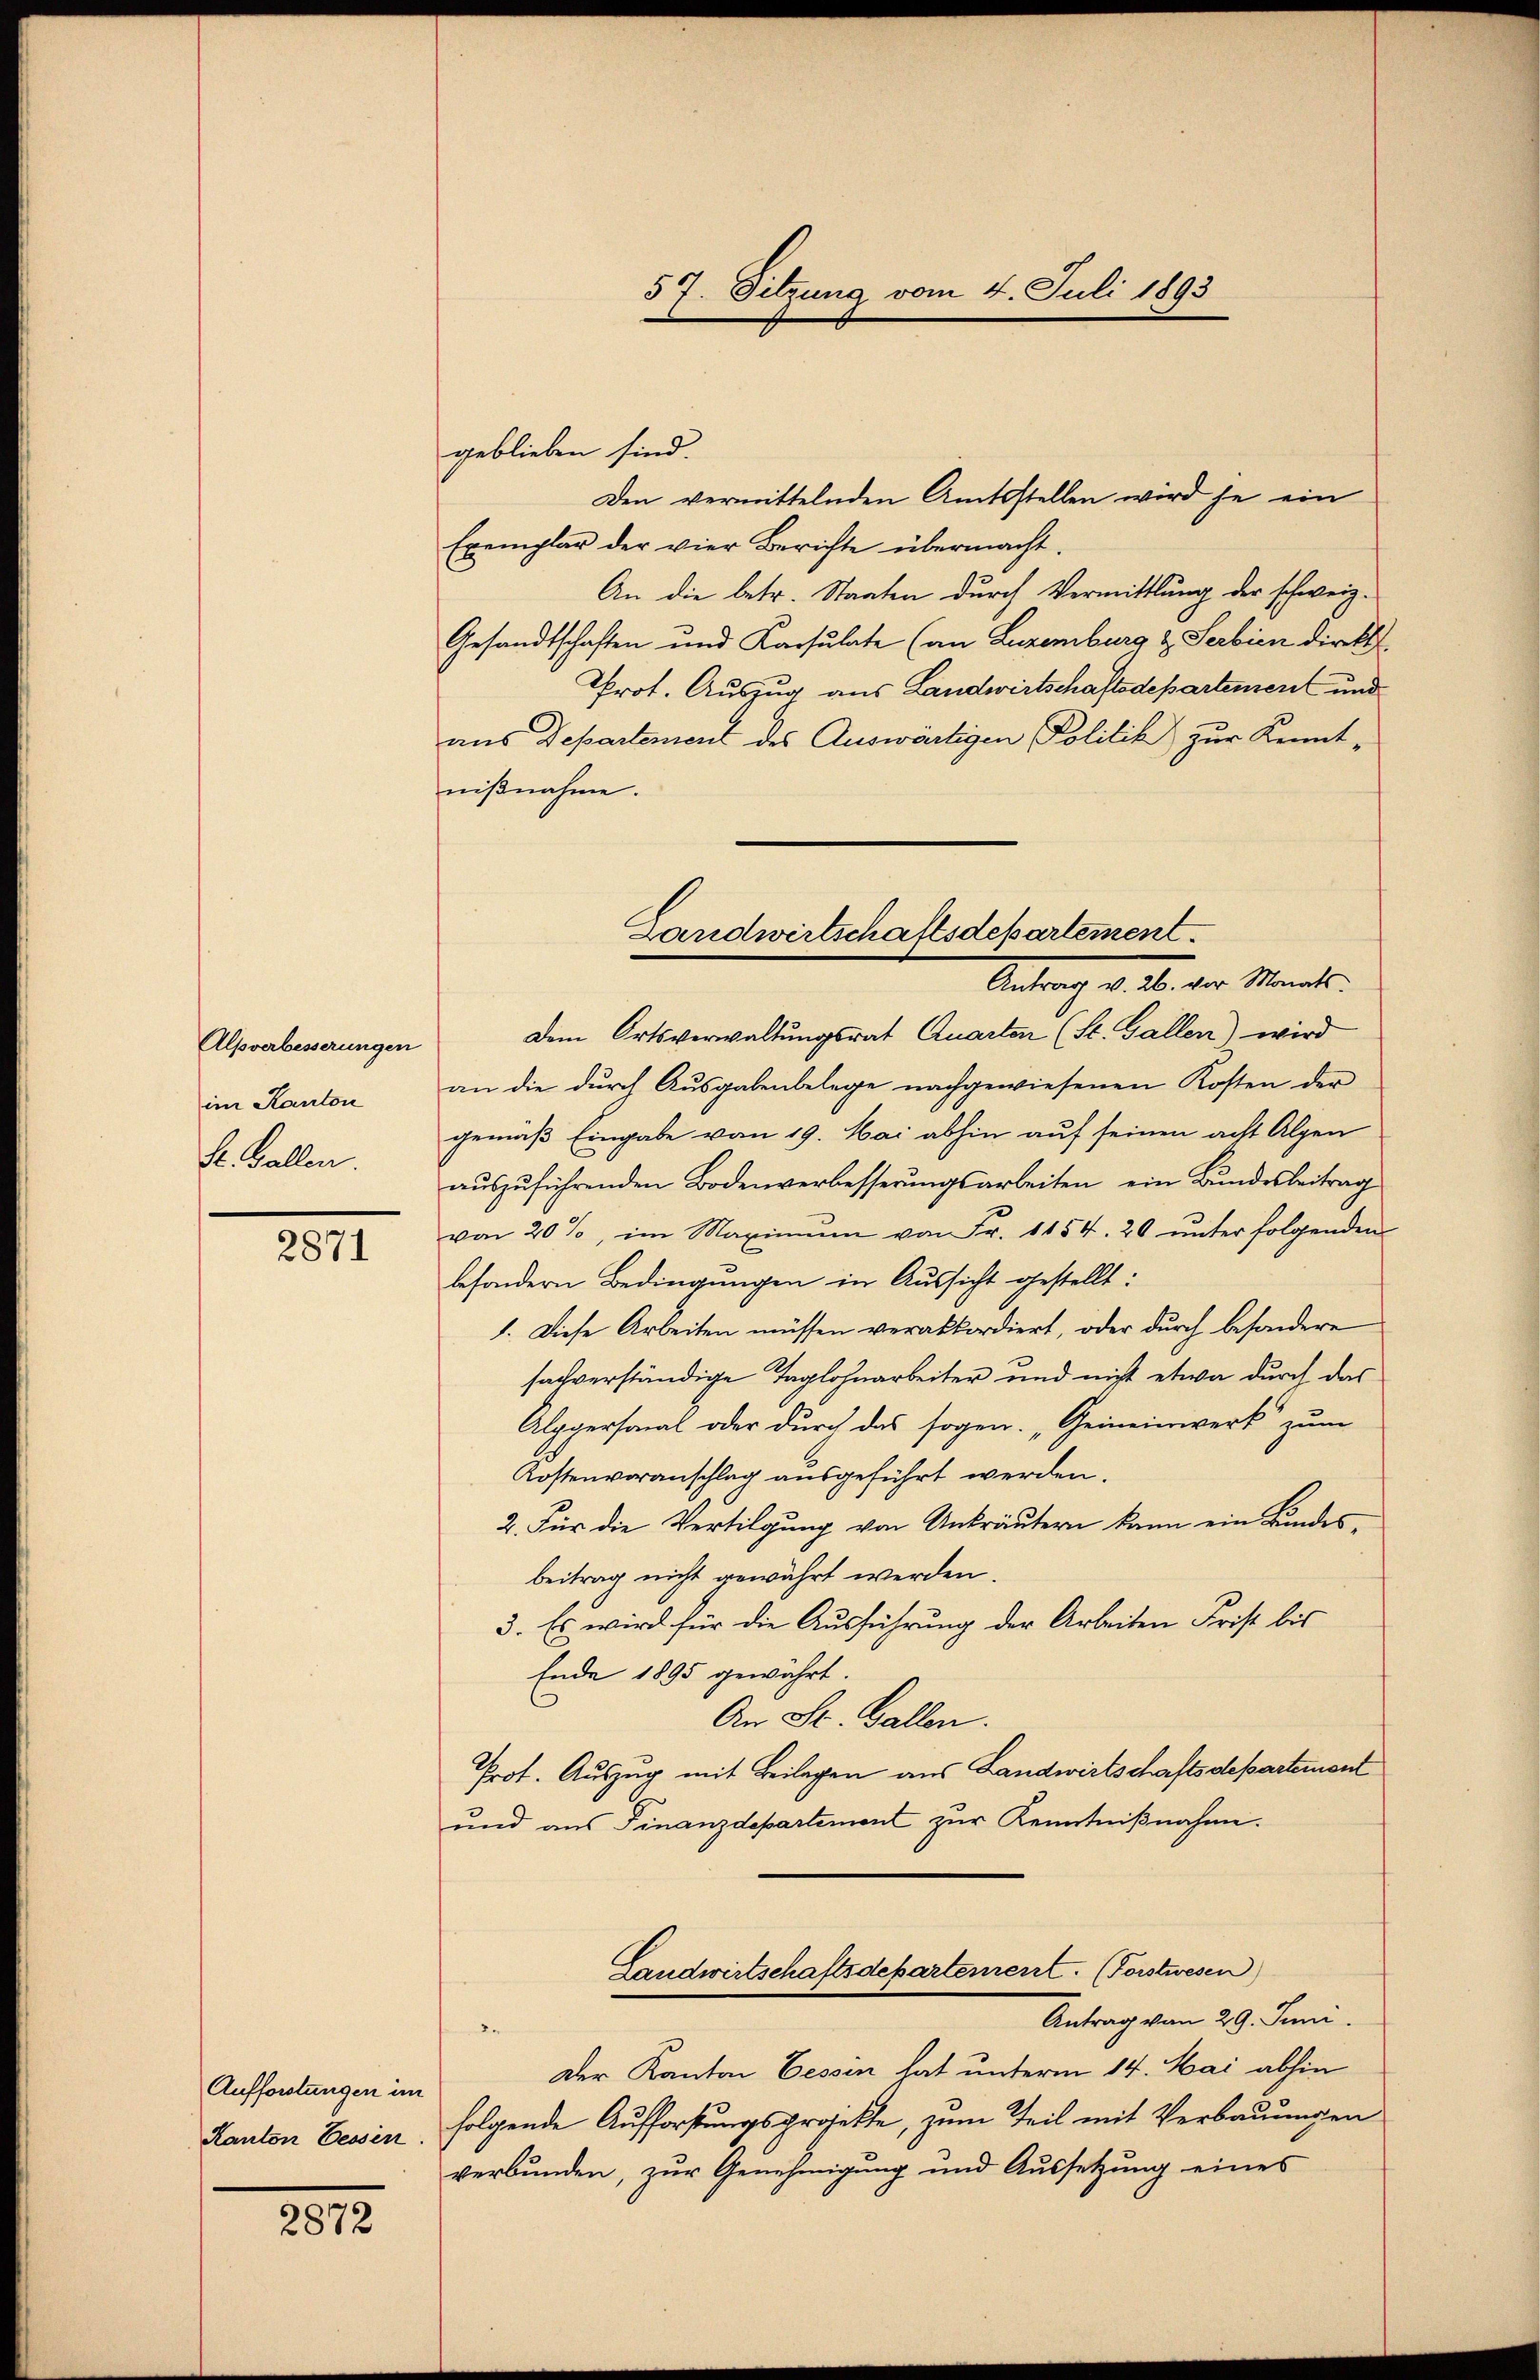
Alpverbesserungen
im Kanton
St. Gallen.

2871

Auffordungen im
Kanton bessen

2872

57. Sitzung vom 4. Juli 1893

geblieben sind.
Den vermittelnden Amtsstellen wird je ein
Exemplar der vier Berichte übermacht.
An die betr. Staaten durch Vermittlung der schweiz.
Gesandtschaften und Karsulate (an Luzemburg & Serbien direkt
Prot. Auszug aus Landwirtschaftsdepartement und
aus Departement des Auswärtigen Politik zur Kennt-
niβnahme.
Dem Ortsverwaltungsrat Quarten (St. Gallen) wird
an die dŭrch Aŭsgabenbelege nachgewiesenen Kosten der
gemäß Eingabe vom 19. Mai abhin auf seinen acht Alpen
auszuführenden Bodenverbesserungsarbeiten, ein Bundesbeitrag
von 20%, im Maximŭm von Fr. 1154. 20 unter folgenden
besondern Bedingungen in Aussicht gestellt:
1. Diese Arbeiten müssen verabkordiert, oder durch besondere
salverständige Taglohnarbeiter und nicht etwa durch das
Alppersonal oder durch das sogen. „Gemeinwerk zum
Kostenvoranschlag ausgeführt werden.
2. Für die Vertilgung von Unkräutern kann ein Kindesbeitrag nicht gewährt werden.
3. Es wird für die Ausführung der Arbeiten Frist bis
Ende 1895 gewährt.
l
An St. Gallen.
Prot. Auszug mit Beilagen aus Landwirtschaftsdepartement
und aus Finanzdepartement zur Kenntnißnahme.
Landwirtschaftsdepartement. (Forstwesen
Antrag vom 29. Juni.

Der Kanton Bessen hat unterm 14. Mai abhin
folgende Aufforstungsprojekte, zum Teil mit Verbauungen
verbunden, zur Genehmigung und Aussetzung eines

Landwirtschaftsdepartement.
Antrag d. 10. der Mante